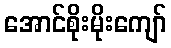
အောင်စိုးမိုးကျော်